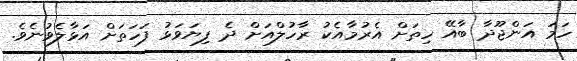
ހަމަ އަންޖޫދާ ބާއޭ ހިތަށް އެރުމާއެކު ރާހުލްއަށް ދެ ފިޔަވަޅު ފަހަތަށް އަޅާލެވުނެވެ.